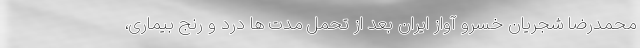
محمدرضا شجریان خسرو آواز ایران بعد از تحمل مدت ها درد و رنج بیماری،